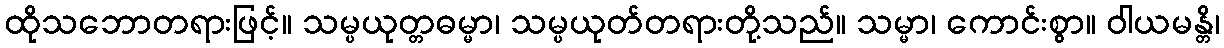
ထိုသဘောတရားဖြင့်။ သမ္ပယုတ္တဓမ္မာ၊ သမ္ပယုတ်တရားတို့သည်။ သမ္မာ၊ ကောင်းစွာ။ ဝါယမန္တိ၊